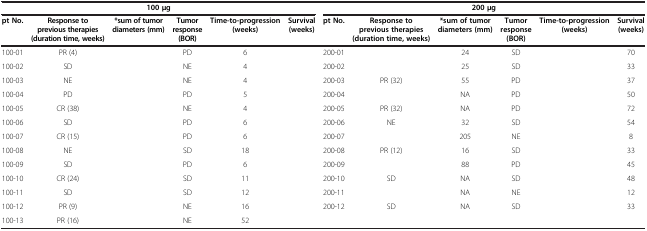
<table><thead><tr><td colspan="6"><b>100 μg</b></td><td colspan="6"><b>200 μg</b></td></tr><tr><td><b>pt No.</b></td><td><b>Response to previous therapies (duration time, weeks)</b></td><td><b>*sum of tumor diameters (mm)</b></td><td><b>Tumor response (BOR)</b></td><td><b>Time-to-progression (weeks)</b></td><td><b>Survival (weeks)</b></td><td><b>pt No.</b></td><td><b>Response to previous therapies (duration time, weeks)</b></td><td><b>*sum of tumor diameters (mm)</b></td><td><b>Tumor response (BOR)</b></td><td><b>Time-to-progression (weeks)</b></td><td><b>Survival (weeks)</b></td></tr></thead><tbody><tr><td>100-01</td><td>PR (4)</td><td>[EMPTY_CELL]</td><td>PD</td><td>6</td><td>[EMPTY_CELL]</td><td>200-01</td><td>[EMPTY_CELL]</td><td>24</td><td>SD</td><td>[EMPTY_CELL]</td><td>70</td></tr><tr><td>100-02</td><td>SD</td><td>[EMPTY_CELL]</td><td>NE</td><td>4</td><td>[EMPTY_CELL]</td><td>200-02</td><td>[EMPTY_CELL]</td><td>25</td><td>SD</td><td>[EMPTY_CELL]</td><td>33</td></tr><tr><td>100-03</td><td>NE</td><td>[EMPTY_CELL]</td><td>NE</td><td>4</td><td>[EMPTY_CELL]</td><td>200-03</td><td>PR (32)</td><td>55</td><td>PD</td><td>[EMPTY_CELL]</td><td>37</td></tr><tr><td>100-04</td><td>PD</td><td>[EMPTY_CELL]</td><td>PD</td><td>5</td><td>[EMPTY_CELL]</td><td>200-04</td><td>[EMPTY_CELL]</td><td>NA</td><td>PD</td><td>[EMPTY_CELL]</td><td>50</td></tr><tr><td>100-05</td><td>CR (38)</td><td>[EMPTY_CELL]</td><td>NE</td><td>4</td><td>[EMPTY_CELL]</td><td>200-05</td><td>PR (32)</td><td>NA</td><td>PD</td><td>[EMPTY_CELL]</td><td>72</td></tr><tr><td>100-06</td><td>SD</td><td>[EMPTY_CELL]</td><td>PD</td><td>6</td><td>[EMPTY_CELL]</td><td>200-06</td><td>NE</td><td>32</td><td>SD</td><td>[EMPTY_CELL]</td><td>54</td></tr><tr><td>100-07</td><td>CR (15)</td><td>[EMPTY_CELL]</td><td>PD</td><td>6</td><td>[EMPTY_CELL]</td><td>200-07</td><td>[EMPTY_CELL]</td><td>205</td><td>NE</td><td>[EMPTY_CELL]</td><td>8</td></tr><tr><td>100-08</td><td>NE</td><td>[EMPTY_CELL]</td><td>SD</td><td>18</td><td>[EMPTY_CELL]</td><td>200-08</td><td>PR (12)</td><td>16</td><td>SD</td><td>[EMPTY_CELL]</td><td>33</td></tr><tr><td>100-09</td><td>SD</td><td>[EMPTY_CELL]</td><td>PD</td><td>6</td><td>[EMPTY_CELL]</td><td>200-09</td><td>[EMPTY_CELL]</td><td>88</td><td>PD</td><td>[EMPTY_CELL]</td><td>45</td></tr><tr><td>100-10</td><td>CR (24)</td><td>[EMPTY_CELL]</td><td>SD</td><td>11</td><td>[EMPTY_CELL]</td><td>200-10</td><td>SD</td><td>NA</td><td>SD</td><td>[EMPTY_CELL]</td><td>48</td></tr><tr><td>100-11</td><td>SD</td><td>[EMPTY_CELL]</td><td>SD</td><td>12</td><td>[EMPTY_CELL]</td><td>200-11</td><td>[EMPTY_CELL]</td><td>NA</td><td>NE</td><td>[EMPTY_CELL]</td><td>12</td></tr><tr><td>100-12</td><td>PR (9)</td><td>[EMPTY_CELL]</td><td>NE</td><td>16</td><td>[EMPTY_CELL]</td><td>200-12</td><td>SD</td><td>NA</td><td>SD</td><td>[EMPTY_CELL]</td><td>33</td></tr><tr><td>100-13</td><td>PR (16)</td><td>[EMPTY_CELL]</td><td>NE</td><td>52</td><td>[EMPTY_CELL]</td><td>[EMPTY_CELL]</td><td>[EMPTY_CELL]</td><td>[EMPTY_CELL]</td><td>[EMPTY_CELL]</td><td>[EMPTY_CELL]</td><td>[EMPTY_CELL]</td></tr></tbody></table>